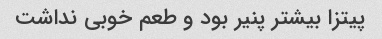
پیتزا بیشتر پنیر بود و طعم خوبی نداشت